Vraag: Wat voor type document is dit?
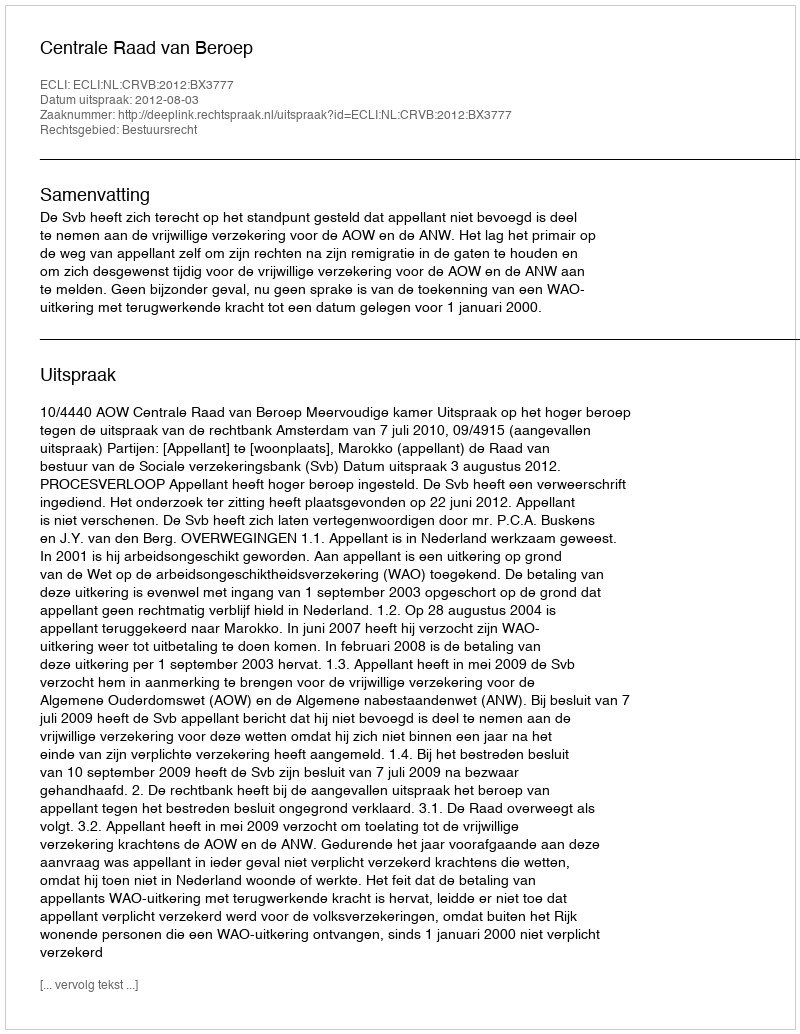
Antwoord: Uitspraak